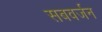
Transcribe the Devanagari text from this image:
सबवर्जन